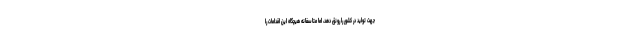
جهت تولید در کشور را رونق دهد، اما متاسفانه هیچگاه این اقدامات را